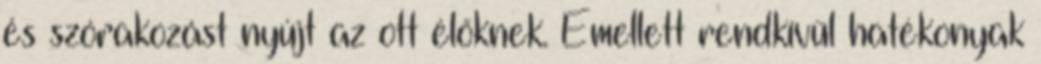
és szórakozást nyújt az ott élőknek. Emellett rendkívül hatékonyak